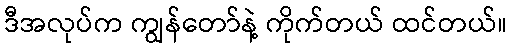
ဒီအလုပ်က ကျွန်တော်နဲ့ ကိုက်တယ် ထင်တယ်။